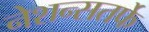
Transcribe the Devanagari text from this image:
नेशन्सतर्फे